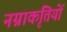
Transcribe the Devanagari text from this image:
नग्नाकृतियों